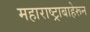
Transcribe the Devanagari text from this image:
महाराष्ट्राबाहेरून